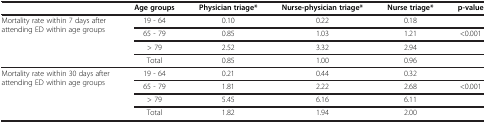
<table><thead><tr><td><b> </b></td><td><b>Age groups</b></td><td><b>Physician triage*</b></td><td><b>Nurse-physician triage*</b></td><td><b>Nurse triage*</b></td><td><b>p-value</b></td></tr></thead><tbody><tr><td>Mortality rate within 7 days after attending ED within age groups</td><td>19 - 64</td><td>0.10</td><td>0.22</td><td>0.18</td><td> </td></tr><tr><td> </td><td>65 - 79</td><td>0.85</td><td>1.03</td><td>1.21</td><td>&lt;0.001</td></tr><tr><td> </td><td>&gt; 79</td><td>2.52</td><td>3.32</td><td>2.94</td><td> </td></tr><tr><td> </td><td>Total</td><td>0.85</td><td>1.00</td><td>0.96</td><td> </td></tr><tr><td>Mortality rate within 30 days after attending ED within age groups</td><td>19 - 64</td><td>0.21</td><td>0.44</td><td>0.32</td><td> </td></tr><tr><td> </td><td>65 - 79</td><td>1.81</td><td>2.22</td><td>2.68</td><td>&lt;0.001</td></tr><tr><td> </td><td>&gt; 79</td><td>5.45</td><td>6.16</td><td>6.11</td><td> </td></tr><tr><td> </td><td>Total</td><td>1.82</td><td>1.94</td><td>2.00</td><td> </td></tr></tbody></table>